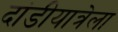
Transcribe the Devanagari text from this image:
दांडीयात्रेला